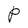
Character: P